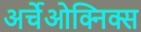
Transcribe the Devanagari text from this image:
अर्चेओक्निक्स